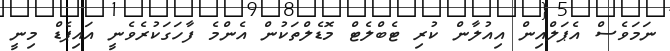
ނަމަވެސް އެޕަލްއިން އިއުލާން ކުރި ޓެބްލެޓް މޮޑެލްތަކުން އެންމެ ފާހަގަކުރެވެނީ އައިޕެޑް މިނީ